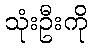
သုံးဦးကို